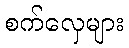
စက်လှေများ